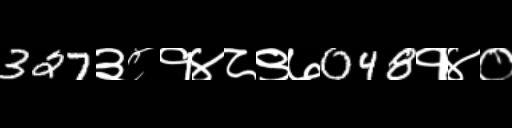
Text: 327३८१४८९७048१४०